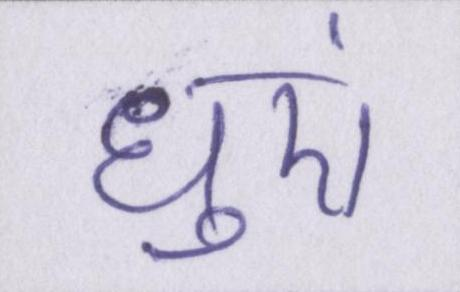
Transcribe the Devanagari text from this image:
धुएं